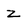
Character: z